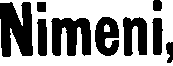
Nimeni,